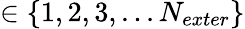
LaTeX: \in\{ 1,2,3,...N_{exter}\}